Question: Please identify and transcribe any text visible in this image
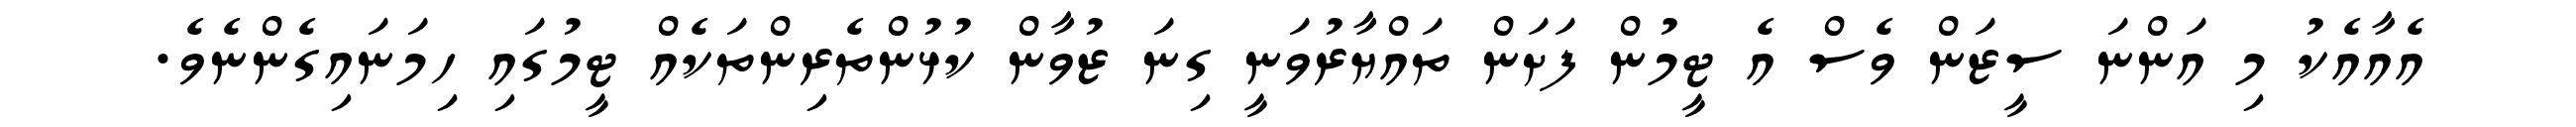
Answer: އެއާއެކު މި އަންނަ ސީޒަން ވެސް އެ ޓީމުން ފަށަން ތައްޔާރުވަނީ ގިނަ ޒުވާން ކުޅުންތެރިންތަކެއް ޓީމުގައި ހިމަނައިގެންނެވެ.